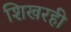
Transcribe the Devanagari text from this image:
शिखरही